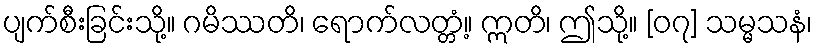
ပျက်စီးခြင်းသို့။ ဂမိဿတိ၊ ရောက်လတ္တံ့။ ဣတိ၊ ဤသို့။ [၀၇] သမ္မသနံ၊